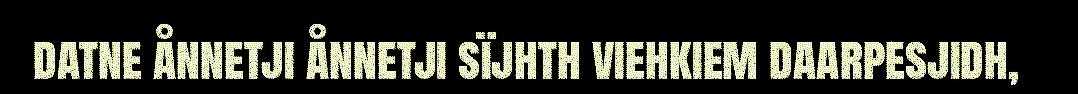
datne ånnetji ånnetji sïjhth viehkiem daarpesjidh,